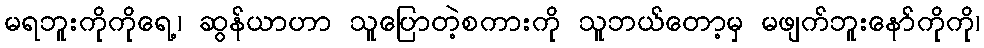
မရဘူးကိုကိုရေ့၊ ဆွန်ယာဟာ သူပြောတဲ့စကားကို သူဘယ်တော့မှ မဖျက်ဘူးနော်ကိုကို၊